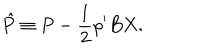
LaTeX: \hat { P } \equiv P - \frac { 1 } { 2 } \rho ^ { \prime } B X .